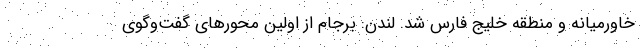
خاورمیانه و منطقه خلیج فارس شد. لندن: برجام از اولین محورهای گفت‌وگوی